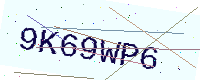
Text: 9K69WP6